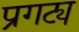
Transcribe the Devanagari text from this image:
प्रगट्य